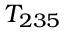
T _ { 2 3 5 }